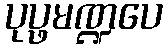
ပုပ္ဖမဏ္ဍပေ